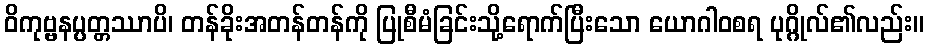
ဝိကုဗ္ဗနပ္ပတ္တဿာပိ၊ တန်ခိုးအတန်တန်ကို ပြုစီမံခြင်းသို့ရောက်ပြီးသော ယောဂါဝစရ ပုဂ္ဂိုလ်၏လည်း။